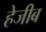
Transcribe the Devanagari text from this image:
हेजीब